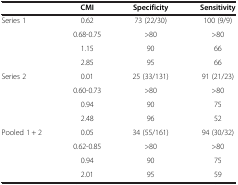
<table><thead><tr><td><b> </b></td><td><b>CMI</b></td><td><b>Specificity</b></td><td><b>Sensitivity</b></td></tr></thead><tbody><tr><td>Series 1</td><td>0.62</td><td>73 (22/30)</td><td>100 (9/9)</td></tr><tr><td> </td><td>0.68-0.75</td><td>&gt;80</td><td>&gt;80</td></tr><tr><td> </td><td>1.15</td><td>90</td><td>66</td></tr><tr><td> </td><td>2.85</td><td>95</td><td>66</td></tr><tr><td>Series 2</td><td>0.01</td><td>25 (33/131)</td><td>91 (21/23)</td></tr><tr><td> </td><td>0.60-0.73</td><td>&gt;80</td><td>&gt;80</td></tr><tr><td> </td><td>0.94</td><td>90</td><td>75</td></tr><tr><td> </td><td>2.48</td><td>96</td><td>52</td></tr><tr><td>Pooled 1 + 2</td><td>0.05</td><td>34 (55/161)</td><td>94 (30/32)</td></tr><tr><td> </td><td>0.62-0.85</td><td>&gt;80</td><td>&gt;80</td></tr><tr><td> </td><td>0.94</td><td>90</td><td>75</td></tr><tr><td> </td><td>2.01</td><td>95</td><td>59</td></tr></tbody></table>